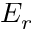
E _ { r }